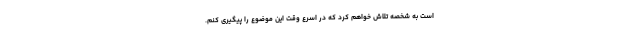
است به شخصه تلاش خواهم کرد که در اسرع وقت این موضوع را پیگیری کنم.